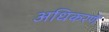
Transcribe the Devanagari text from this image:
अधिकरणें